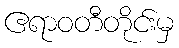
ဧရာဝတီတိုင်းမှ